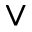
\vee